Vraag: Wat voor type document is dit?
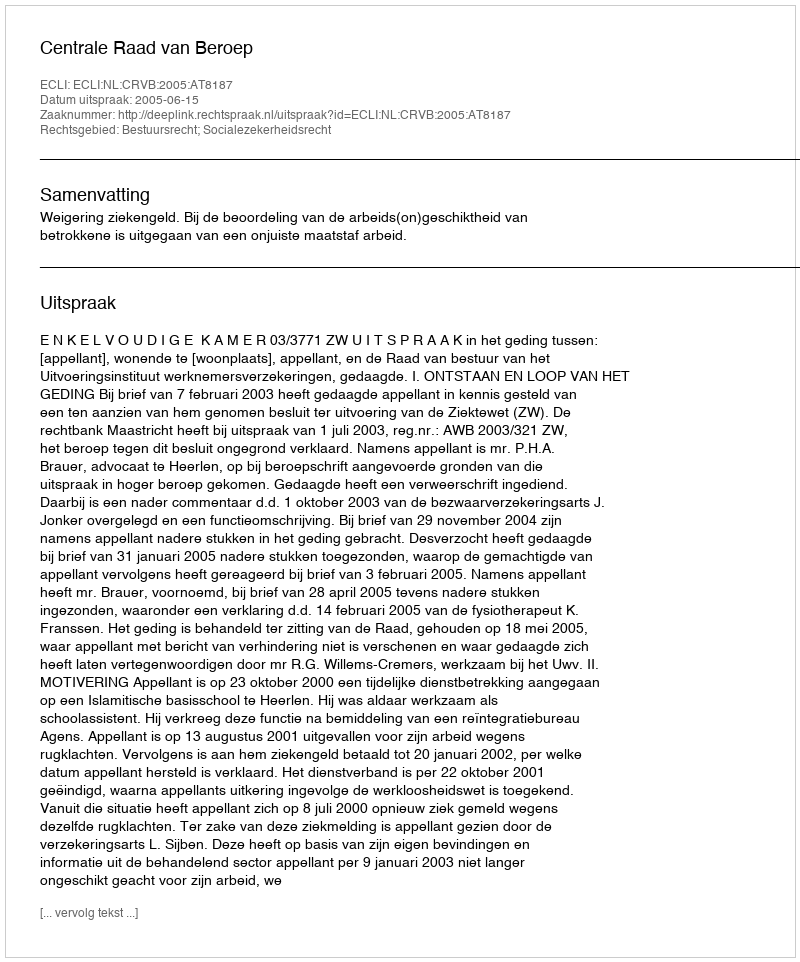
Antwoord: Uitspraak